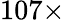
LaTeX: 107\times